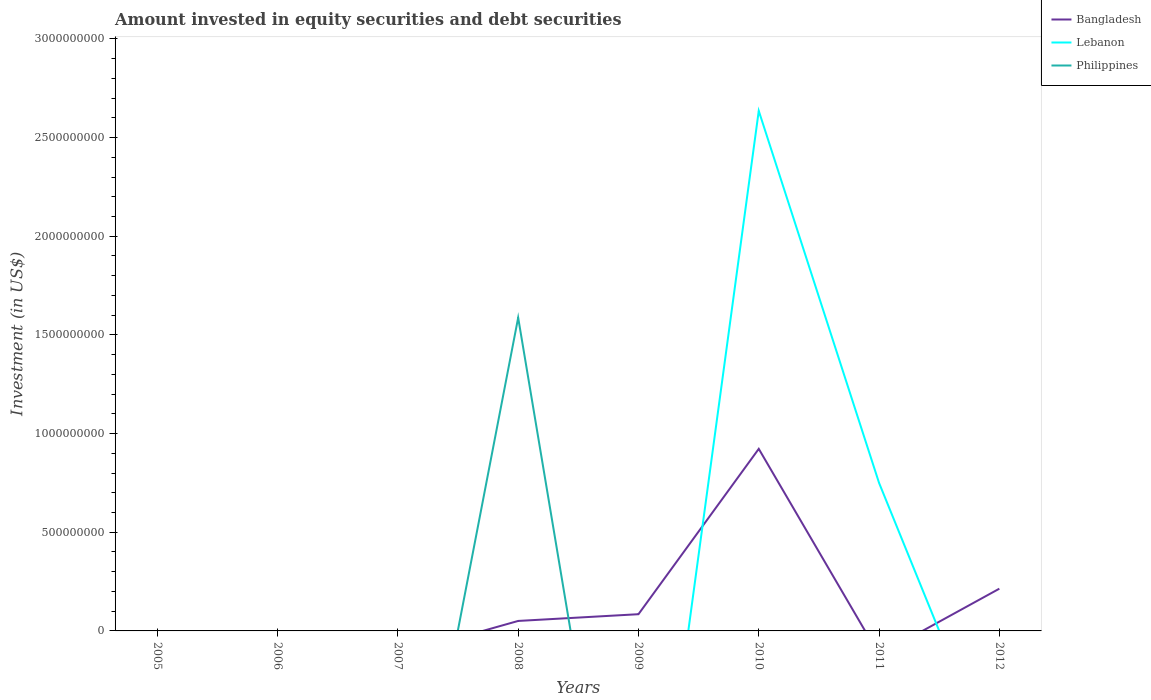
| Years | Bangladesh | Lebanon | Philippines |
 | --- | --- | --- | --- |
 | 2005 | -1.99e+07 | -5.36e+08 | -1.3e+09 |
 | 2006 | -6.58e+07 | -1.67e+09 | -3.02e+09 |
 | 2007 | -1.22e+08 | -1.7e+08 | -1.58e+09 |
 | 2008 | 5.06e+07 | -6.37e+08 | 1.59e+09 |
 | 2009 | 8.47e+07 | -1.86e+09 | -2.05e+09 |
 | 2010 | 9.23e+08 | 2.64e+09 | -4.89e+09 |
 | 2011 | -1.21e+08 | 7.5e+08 | -3.66e+09 |
 | 2012 | 2.14e+08 | -7.49e+08 | -3.21e+09 |